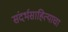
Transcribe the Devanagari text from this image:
संदर्भसाहित्याचा